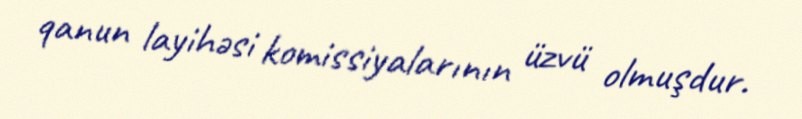
qanun layihəsi komissiyalarının üzvü olmuşdur.